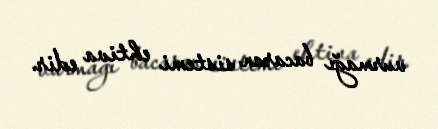
vurmağı bacaran sistemi ehtiva edir.